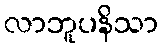
လာဘူပနိသာ